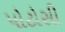
પોટોસી